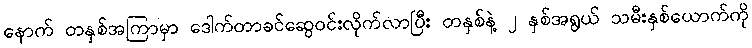
နောက် တနှစ်အကြာမှာ ဒေါက်တာခင်ဆွေဝင်းလိုက်လာပြီး တနှစ်နဲ့ ၂ နှစ်အရွယ် သမီးနှစ်ယောက်ကို